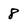
Character: 8